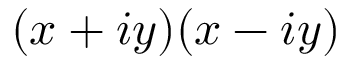
( x + i y ) ( x - i y )